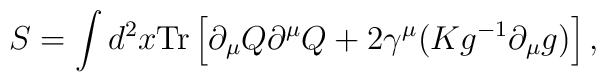
S=\int d^2x \mbox{Tr}\left[\partial_\mu Q \partial^\mu Q+ 2 \gamma^\mu(K g^{-1}\partial_\mu g) \right],